Medical and sanitary report of the native army of Bengal for the year
Year: 1878
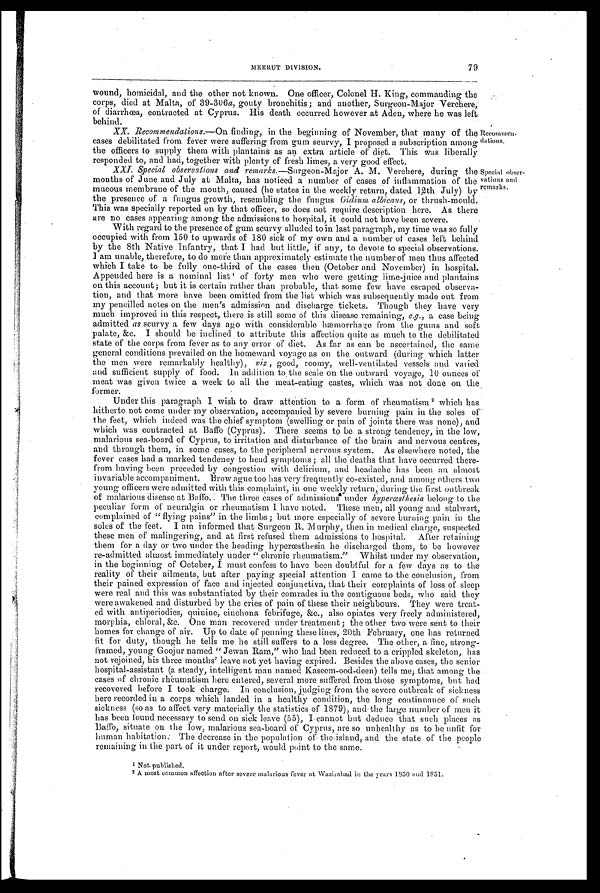
Recomme
n-dations.
Special obser
-vations and
remarks.
79
MEERUT DIVISION.
wound, homicidal, and the other not known. One officer, Colonel H. King, commanding the
corps, died at Malta, of 39-306 a, gouty bronchitis; and another, Surgeon-Major Verchere,
of diarrhœa, contracted at Cyprus. His death occurred however at Aden, where he was left
behind.
XX. Recommendations. —On finding, in the beginning of November, that many of the
cases debilitated from fever were suffering from gum scurvy, I proposed a subscription among
the officers to supply them with plantains as an extra article of diet. This was liberally
responded to, and had, together with plenty of fresh limes, a very good effect.
XXI. Special observations and remarks. —Surgeon-Major M. Verchere, during the
months of June and July at Malta, has noticed a number of cases of inflammation of the
mucous membrane of the mouth, caused (he states in the weekly return, dated 12th July) by
the presence of a fungus growth, resembling the fungus Oidium albicans, or thrush-mould,
This was specially reported on by that officer, so does not require description here. As there
are no cases appearing among the admissions to hospital, it could not have been severe.
With regard to the presence of gum scurvy alluded to in last paragraph, my time was so fully
occupied with from 150 to upwards of 180 sick of my own and a number of cases left behind
by the 8th Native Infantry, that I had but little, if any, to devote to special observations.
I am unable, therefore, to do more than approximately estimate the number of men thus affected
which I take to be fully one-third of the cases then (October and November) in hospital.
Appended here is a nominal list1 of forty men who were getting lime-juice and plantains
on this account; but it is certain rather than probable, that some few have escaped observa
- t i o n , a n d t h a t m o r e h a v e b e e n o m i t t e d f r o m t h e l i s t w h i c h w a s s u b s e q u e n t l y m a d e o u t f r o m
my pencilled notes on the men's admission and discharge tickets. Though they have very
much improved in this respect, there is still some of this disease remaining, e.g., a case being
admitted as scurvy a few days ago with considerable hæmorrhag from the gums and soft
palate, &e. I should be inclined to attribute this affection quite as much to the debilitated
state of the corps from fever as to any error of diet. As far as can be ascertained, the same
general conditions prevailed on the homeward voyage as on the outward (durin which latter
the men were remarkably healthy), Viz, good, roomy, well-ventilated vessels and varied
and sufficient supply of food. In addition to the scale on the outward voyage, 10 ounces of
meat was given twice a week to all the meat-eating castes, which was not done on the
former.
Under this paragraph I wish to draw attention to a form of rheumatism2 which has
hitherto not come under my observation, accompanied by severe burning pain hi the soles of
the feet, which indeed was the chief symptom (swelling or pain of joints there was none), and
which was contracted at Ban (Cyprus). There seems to be a strong tendency, in the low,
malarious sea-board of Cyprus, to irritation and disturbance of the brain and nervous centres,
and through them, in some cases, to the peripheral nervous system. As elsewhere noted, the
fever cases had a marked tendency to head symptoms ; all the deaths that have occurred there
- f r o m h a v i n g b e e n p r e c e d e d b y c o n g e s t i o n w i t h d e l i r i u m , a n d h e a d a c h e h a s b e e n a n a l m o s t
invariable accompaniment. Brow ague too has very frequently co-existed, and among others two
young officers were admitted with this complaint, in one weekly return, during the first outbreak
of malarious disease at Baffo. The three cases Of admissions under hyperœsthesia belong to the
peculiar form of neuralgia or rheumatism 1 have noted. These men, all young and stalwart,
complained of " flying pains" in the limbs ; but more especially of severe burning pain in the
soles of the feet. I am informed that Surgeon R. Murphy, then in medical charge, suspected
these men of malingering, and at first refused them admissions to hospital. After retaining
them for a day or two under the beading hyperœsthesia he discharged them, to be however
re-admitted almost immediately under "chronic rheumatism." Whilst under my observation,
in the beginning of October, I must confess to have been doubtful for a few days as to the
reality of their ailments, but after paying special attention I came to the conclusion, from
their pained expression of face and injected conjunctiva, that their complaints of loss of sleep
were real and this was substantiated by their comrades in the contiguous beds, who said they
were awakened and disturbed by the cries of pain of these their neighbours. They were treat
-ed with antiperiodics, quinine, cinchona febrifuge, &c., also opiates very freely administered,
morphia, chloral, &c. One man recovered under treatment; the other two were sent to their
homes for change of air. Up to date of penning these lines, 20th February, one has returned
fit for duty, though he tells me he still suffers to a less degree. The other, a fine, strong
-framed, young Goojur named "Jewan Ram," who had been reduced to a crippled skeleton, has
not rejoined, his three months' leave not yet having expired. Besides the above cases, the senior
hospital-assistant (a steady, intelligent man named Kaseem-ood-deen) tells me; that among the
cases of chronic rhéumatism here entered, several more suffered from those symptoms, but had
recovered before I took charge. In conclusion, judging from the severe outbreak of sickness
here recorded in a corps which landed in a healthy condition, the long continuance of such
sickness (so as to affect very materially the statistics of 1879), and the large number of men it
has been found necessary to send on sick leave (55), I cannot but deduce that such places as
Baffo, situate on the low, malarious sea-board of Cyprus, are so unhealthy as to be unfit for
human habitation. The decrease in the population of the island, and the state of the people
remaining in the part of it under report, would point to the same.
1 .
N o t p u b l i s h e d .
2 A most common affection after severe malarious fever at Wazirabad in the years 1850 and 1851.